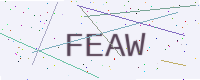
Text: FEAW